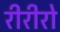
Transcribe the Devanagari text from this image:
रीरीरो